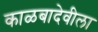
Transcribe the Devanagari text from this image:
काळबादेवीला